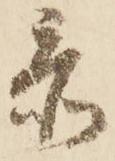
忝